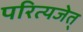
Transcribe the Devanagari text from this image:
परित्यजेत्